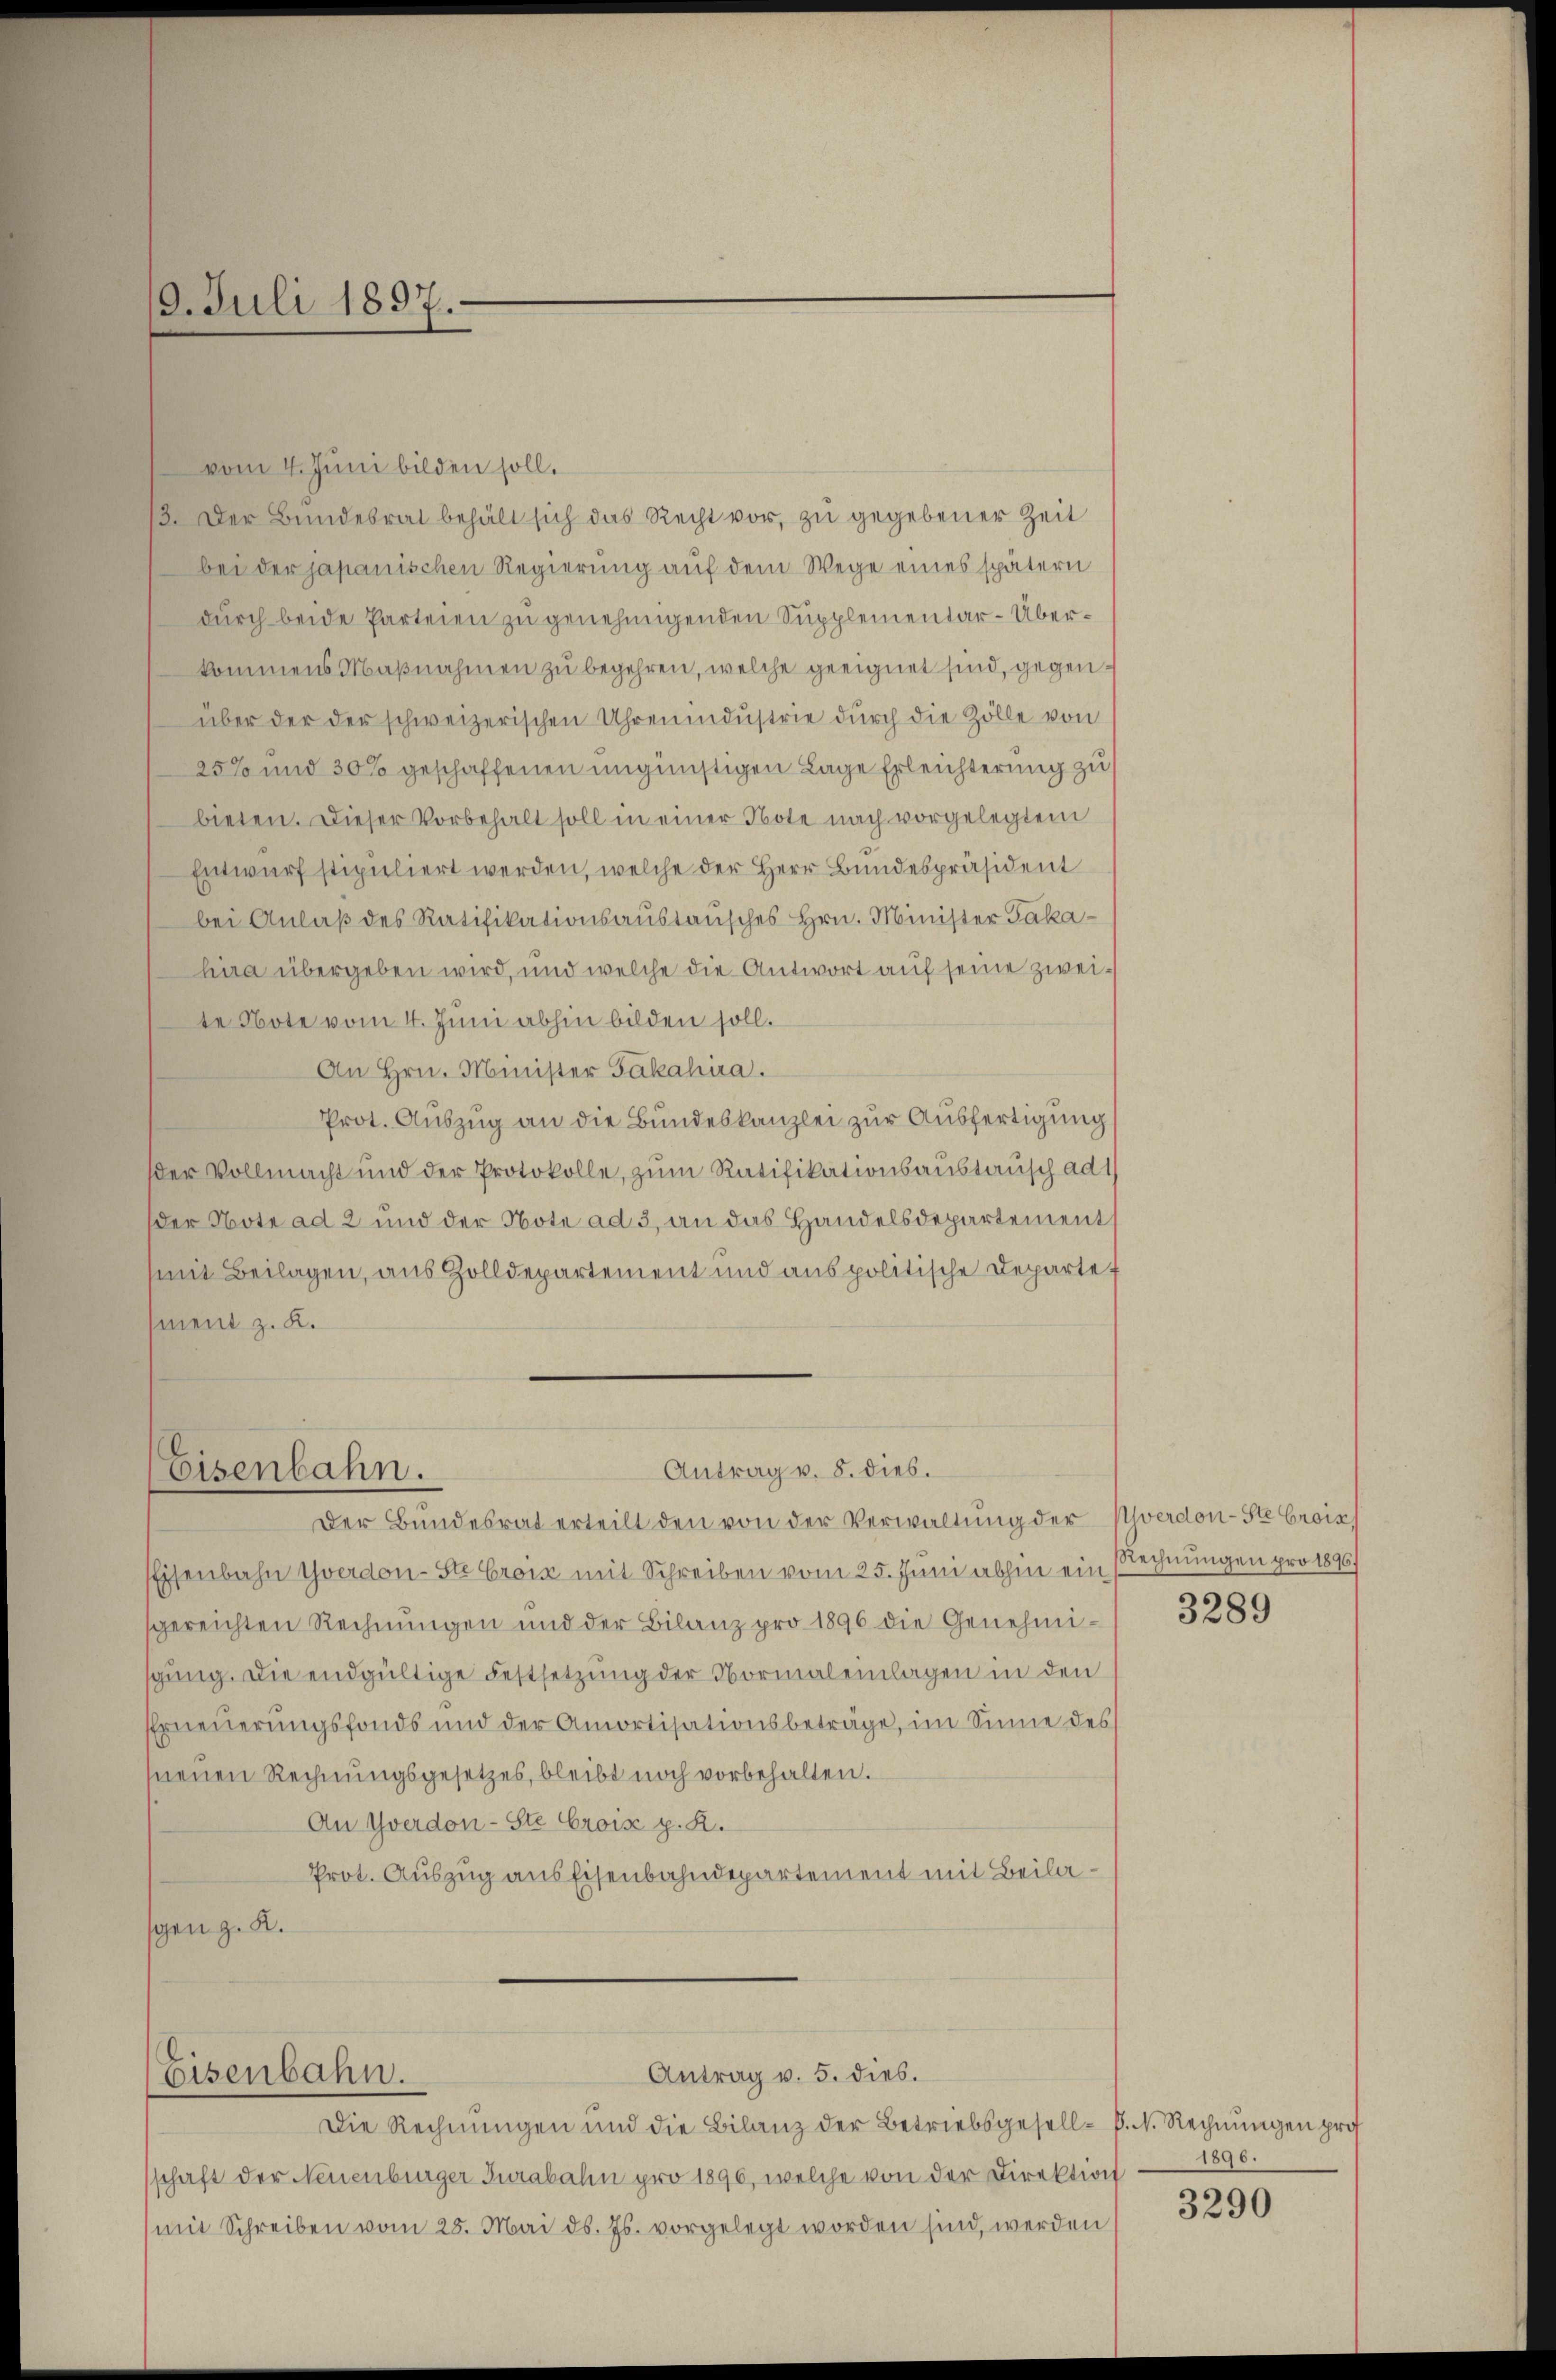
19. Juli 1897.

vom 4. Juni bilden soll.
3. Der Bundesrat behält sich das Recht vor, zu gegebener Zeit
bei der japanischen Regierung auf dem Wege eines spätern
durch beide Parteien zu genehmigenden Supplementar-Überkommens Maßnahmen zu begehren, welche geeignet sind, gegenüber der der schweizerischen Uhrenindustrie durch die Zölle von
25% und 30% geschaffenen ungünstigen Lage Erleichterung zu
bieten. Dieser Vorbehalt soll in einer Note nach vorgelegtem
Entwurf stipuliert werden, welche der Herr Bundespräsident
bei Anlaß des Ratifikationsaustausches Hrn. Minister Jakahira übergeben wird, und welche die Antwort auf seine zweite Note vom 4. Juni abhin bilden soll.
An Hrn. Minister Fakahira.
Prot. Auszug an die Bundeskanzlei zur Ausfertigung
der Vollmacht und der Protokolle, zum Ratifikationsaustausch ad 1
der Note ad 2 und der Note ad 3, an das Handelsdepartement
mit Beilagen, aus Zolldepartement und aus politische Departet
ment z. K.

Antrag v. 8. dies.
Eisenbahn.
Der Bundesrat erteilt den von der Verwaltung der

Eisenbahn Yverdon-Ste Crois mit Schreiben vom 25. Juni abhin ein Rechnungen pro 1896/
gereichten Rechnŭngen und der Bilanz pro 1896 die Genehmisgung. Die endgültige Festsetzung der Normaleinlagen in den
Erneuerungsfonds und der Amortisationsbeträge, im Sinne des
neuen Rechnŭngsgesetzes, bleibt noch vorbehalten.
An Yverdon-Ste Croix g. R.
Prot. Auszug aus Eisenbahndepartement mit Beilagen z. K.

Eisenbahn.

Antrag v. 5. dies.

schaft der Neuenburger Jurabahn pro 1890, welche von der Direktion
mit Schreiben vom 25. Mai d. Js. vorgelegt worden sind, werden

Die Rechnungen und die Bilanz der Betriebsgesell-P. N. Rechnungen pro

Yverdon-Ste Crois

3289

1896.

3290